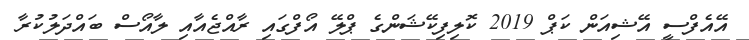
އޭއެފްސީ އޭޝިއަން ކަޕް 2019 ކޮލިފިކޭޝަންގެ ޕްލޭ އޯފްގައި ރާއްޖެއާއި ލާއޯސް ބައްދަލުކުރާ